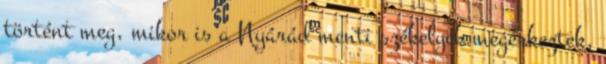
történt meg, mikor is a Nyárád menti székelyek megérkeztek,